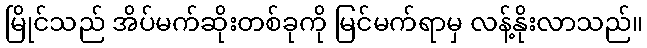
မြိုင်သည် အိပ်မက်ဆိုးတစ်ခုကို မြင်မက်ရာမှ လန့်နိုးလာသည်။